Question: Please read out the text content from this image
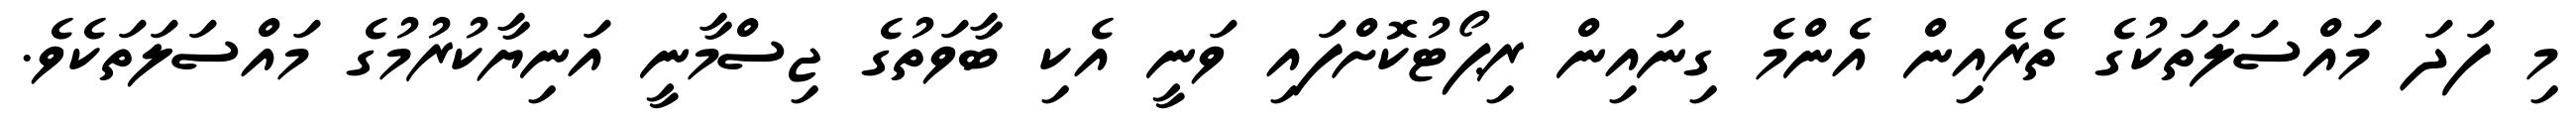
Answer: މި ފަދަ މައްސަލަތަކުގެ ތެރެއިން އެންމެ ގިނައިން ރިޕޯޓުކޮށްފައި ވަނީ އެކި ބާވަތުގެ ޖިސްމާނީ އަނިޔާކުރުމުގެ މައްސަލަތަކެވެ.